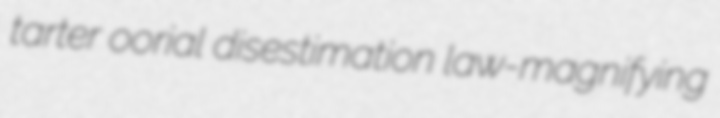
tarter oorial disestimation law-magnifying